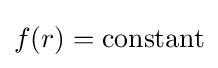
f(r)={\text{constant}}